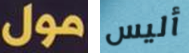
مول أليس